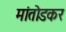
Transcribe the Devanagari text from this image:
मांतोडकर